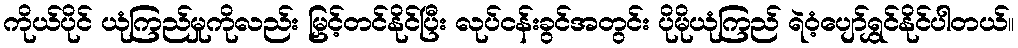
ကိုယ်ပိုင် ယုံကြည်မှုကိုလည်း မြှင့်တင်နိုင်ပြီး လုပ်ငန်းခွင်အတွင်း ပိုမိုယုံကြည် ရဲဝံ့ပျော်ရွှင်နိုင်ပါတယ်။